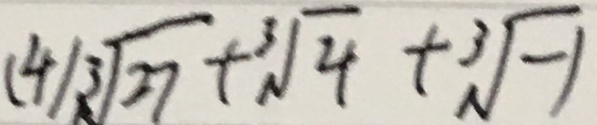
( 4 ) 3 \sqrt { 2 7 } + \sqrt [ 3 ] { 4 } + \sqrt [ 3 ] { - 1 }